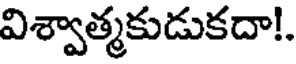
విశ్వాత్మకుడుకదా!.